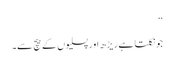
‘‘
جو نکلتا ہے ریڑھ اور پسلیوں کے بیچ سے۔